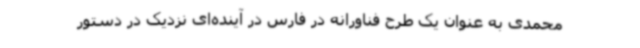
محمدی به عنوان یک طرح فناورانه در فارس در آینده‌ای نزدیک در دستور